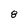
Character: 8